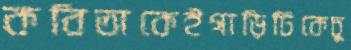
কবিতাকেইগাড়িটিকেচু